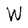
Character: W